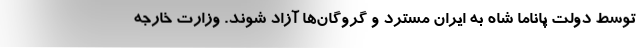
توسط دولت پاناما شاه به ایران مسترد و گروگان‌ها آزاد شوند. وزارت خارجه